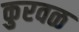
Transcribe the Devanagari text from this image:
कुरवळ